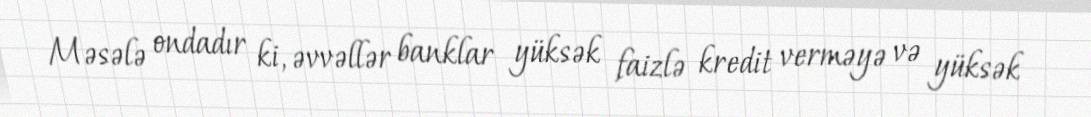
Məsələ ondadır ki, əvvəllər banklar yüksək faizlə kredit verməyə və yüksək